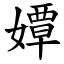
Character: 㜤